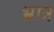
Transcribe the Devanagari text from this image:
भ्रात्र